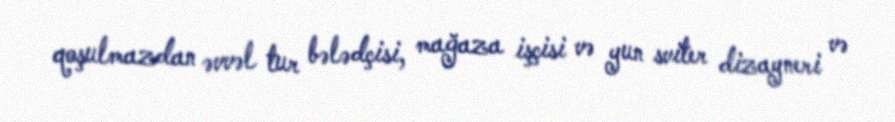
qoşulmazdan əvvəl tur bələdçisi, mağaza işçisi və yun sviter dizayneri və